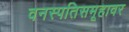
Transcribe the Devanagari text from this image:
वनस्पतिसमूहावर